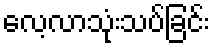
လေ့လာသုံးသပ်ခြင်း